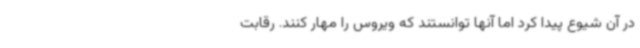
در آن شیوع پیدا کرد اما آنها توانستند که ویروس را مهار کنند. رقابت